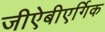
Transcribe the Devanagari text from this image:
जीऐबीएर्गिक